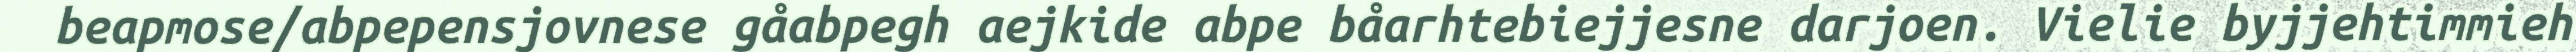
beapmose/abpepensjovnese gåabpegh aejkide abpe båarhtebiejjesne darjoen. Vielie byjjehtimmieh